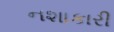
નશાકારી